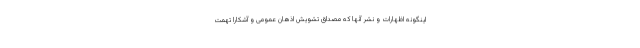
اینگونه اظهارات و نشر آنها که مصداق تشویش اذهان عمومی و آشکارا تهمت